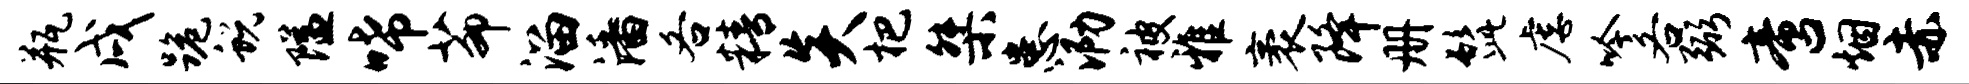
瓶戌跪蜕隘唏茆溜潘各精炎杷桀患泐被雅袤降册髭虐吟各弼啻烟赤